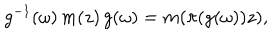
g ^ { - 1 } ( \omega ) \, m ( z ) \, g ( \omega ) = m ( \pi ( g ( \omega ) ) z ) ,